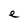
Character: e